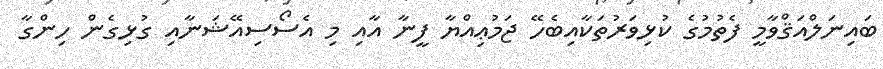
ބައިނަލްއަޤްވާމީ ފެތުމުގެ ކުޅިވަރުތަކާއިބެހޭ ޖަމުޢިއްޔާ ފީނާ އާއި މި އެސޯސިއޭޝަނާއި ގުޅިގެން ހިންގާ